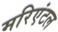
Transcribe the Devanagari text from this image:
मरिएंटल